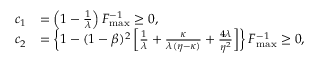
\begin{array} { r l } { c _ { 1 } } & { = \left( 1 - \frac { 1 } { \lambda } \right) F _ { \operatorname* { m a x } } ^ { - 1 } \geq 0 , } \\ { c _ { 2 } } & { = \left\{ 1 - ( 1 - \beta ) ^ { 2 } \left[ \frac { 1 } { \lambda } + \frac { \kappa } { \lambda ( \eta - \kappa ) } + \frac { 4 \lambda } { \eta ^ { 2 } } \right] \right\} F _ { \operatorname* { m a x } } ^ { - 1 } \geq 0 , } \end{array}